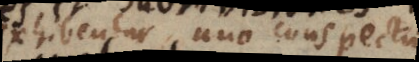
exhibentur uno conspectu